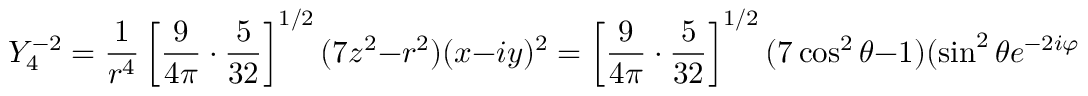
Y _ { 4 } ^ { - 2 } = { \frac { 1 } { r ^ { 4 } } } \left[ { \frac { 9 } { 4 \pi } } \cdot { \frac { 5 } { 3 2 } } \right] ^ { 1 / 2 } ( 7 z ^ { 2 } - r ^ { 2 } ) ( x - i y ) ^ { 2 } = \left[ { \frac { 9 } { 4 \pi } } \cdot { \frac { 5 } { 3 2 } } \right] ^ { 1 / 2 } ( 7 \cos ^ { 2 } \theta - 1 ) ( \sin ^ { 2 } \theta e ^ { - 2 i \varphi } )